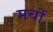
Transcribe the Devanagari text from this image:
मर्चो